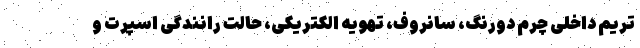
تریم داخلی چرم دورنگ، سانروف، تهویه الکتریکی، حالت رانندگی اسپرت و